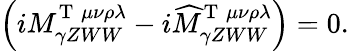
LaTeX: \left(iM_{\gamma ZWW}^{\mathrm{T}\; \mu\nu\rho\lambda}-i\widehat{M}_{\gamma ZWW}^{\mathrm{T}\; \mu\nu\rho\lambda}\right)=0.